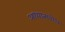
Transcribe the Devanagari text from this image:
अध्यात्मबोध